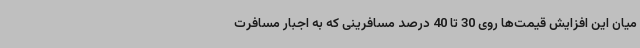
میان این افزایش قیمت‌ها روی 30 تا 40 درصد مسافرینی که به اجبار مسافرت